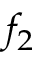
f _ { 2 }